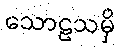
သောဠသမှိ